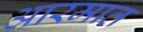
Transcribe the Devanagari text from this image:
आरमात